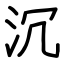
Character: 沉